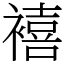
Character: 鿋